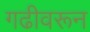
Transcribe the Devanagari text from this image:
गढीवरून